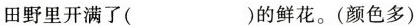
田野里开满了()的鲜花。(颜色多)